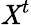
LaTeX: \mathit{X}^{t}